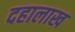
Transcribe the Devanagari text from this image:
दहालाख